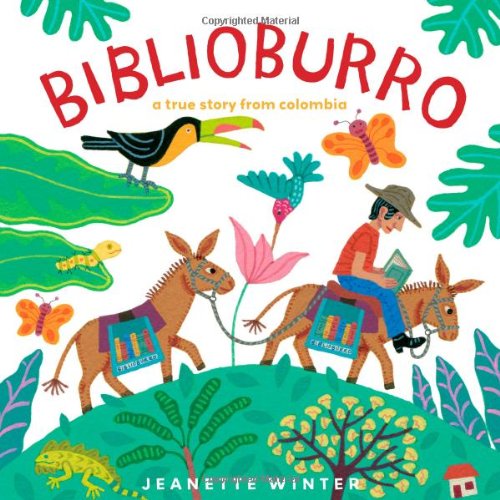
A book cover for Biblioburro: A True Story from Colombia; Jeanette Winter; Children's Books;